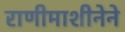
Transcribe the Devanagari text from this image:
राणीमाशीनेने